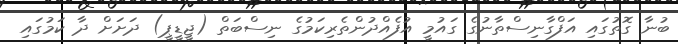
ބުނާ ގޮތުގައި އަފްގާނިސްތާނުގެ ގައުމީ އުފެއްދުންތެރިކަމުގެ ނިސްބަތް (ޖީޑީޕީ) ދަށަށް ދާ ކަމުގައި